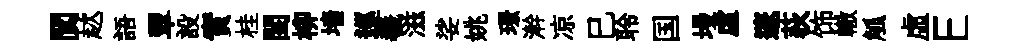
閬趑語翠設實桂閨柳墙巡羲滋娑姚璟澣凉巳聆国墁虚邃荻饰轍觚虛E